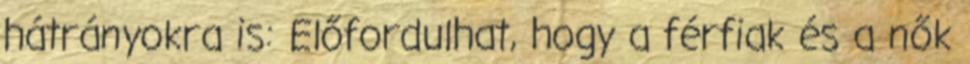
hátrányokra is: Előfordulhat, hogy a férfiak és a nők